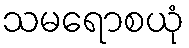
သမရောစယုံ